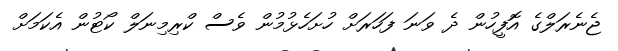
ޖެނެރަލްގެ އޮފީހުން ދެ ވަނަ ފަހަރަށް ހުށަހެޅުމުން ވެސް ކްރިމިނަލް ކޯޓުން އެކަމަށް